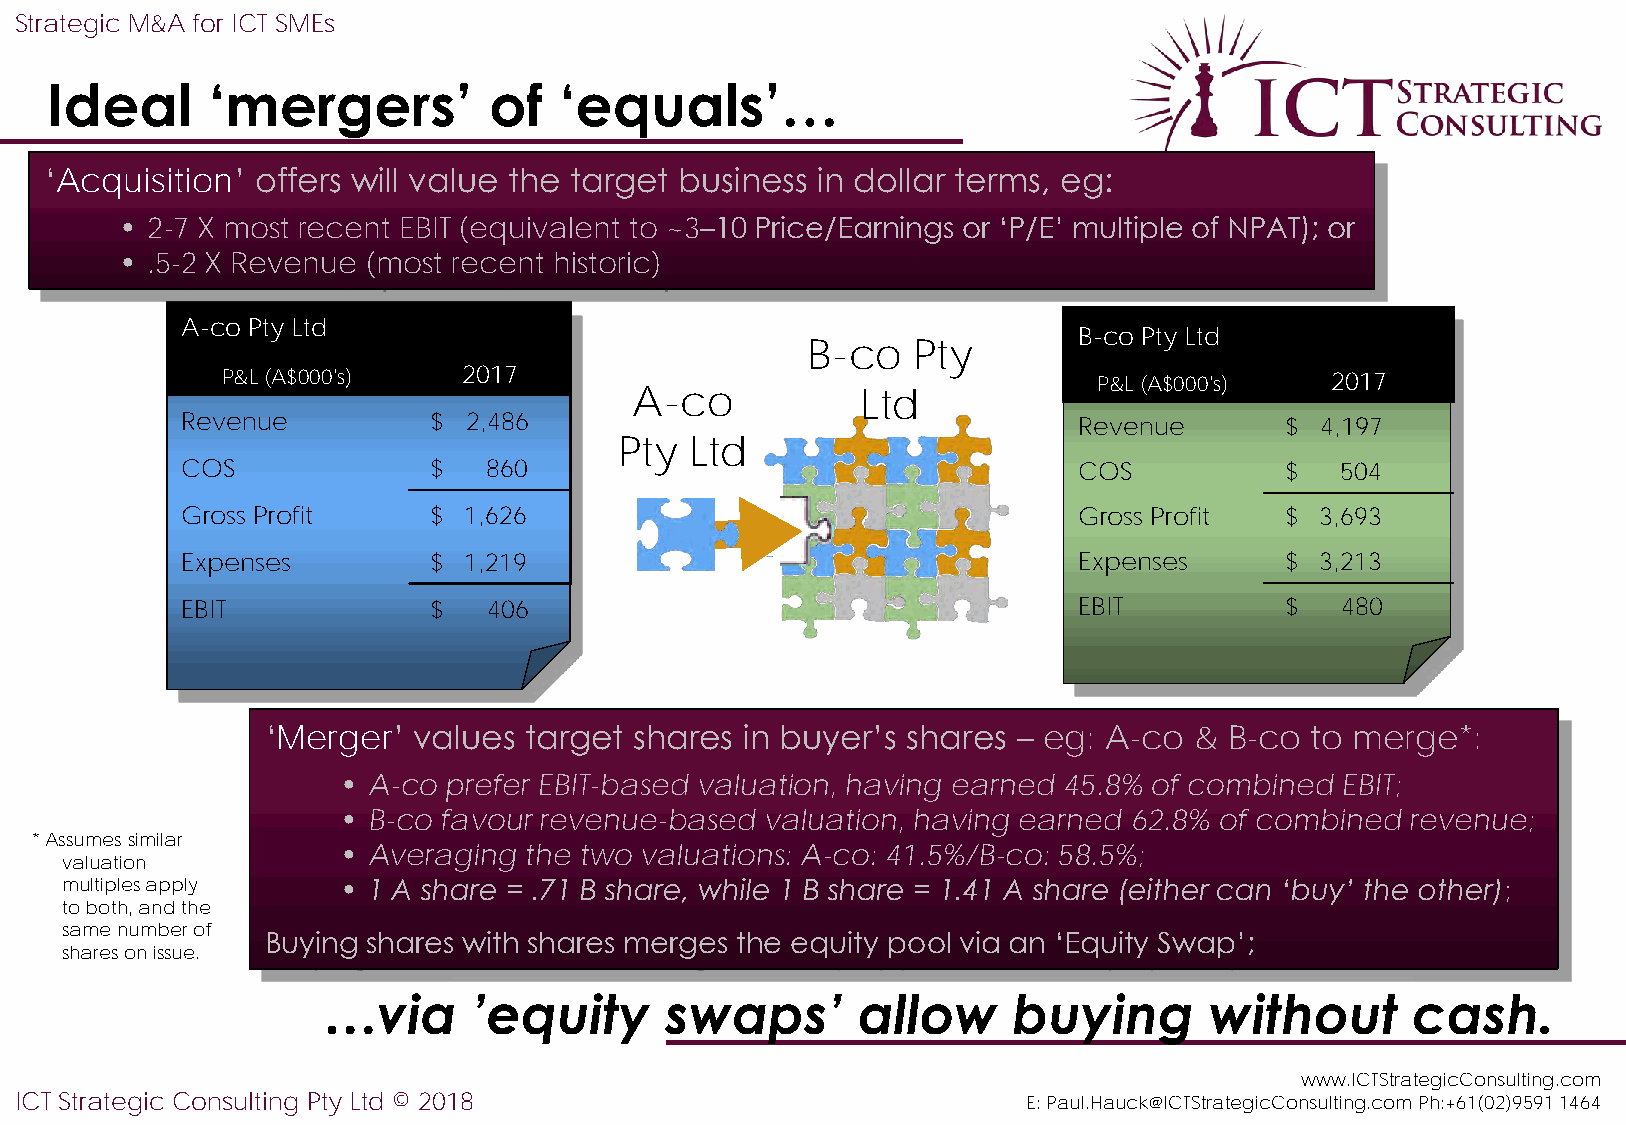
Strategic M&A for ICT SMEs
 Ideal      ‘mergers’         of   ‘equals’…
 ‘Acquisition’ offers will value the target business in dollar terms, eg:
 • 2-7 X most recent EBIT (equivalent to ~3–10 Price/Earnings or ‘P/E’ multiple of NPAT); or
 • .5-2 X Revenue (most recent historic)
 A-co Pty Ltd
 B-co Pty Ltd
 B-co   Pty
 P&L (A$000's)   2017                                      P&L (A$000's)  2017
 A-co           Ltd
 Revenue         $  2,486                                   Revenue       $ 4,197
 Pty  Ltd
 COS             $   860                                    COS           $   504
 Gross Profit    $  1,626                                   Gross Profit  $ 3,693
 Expenses        $  1,219                                   Expenses      $ 3,213
 EBIT            $   406                                    EBIT          $   480
 ‘Merger’ values  target shares in buyer’s shares – eg: A-co  & B-co  to merge*:
 • A-co prefer EBIT-based valuation, having earned 45.8% of combined EBIT;
 • B-co favour revenue-based  valuation, having earned 62.8% of combined revenue;
 * Assumes similar
 • Averaging  the two valuations: A-co: 41.5%/B-co: 58.5%;
 valuation
 multiples apply   • 1 A share = .71 B share, while 1 B share = 1.41 A share (either can ‘buy’ the other);
 to both, and the
 same number of
 Buying shares with shares merges the equity pool via an ‘Equity Swap’;
 shares on issue.
 …via      ’equity      swaps’       allow     buying       without      cash.
 www.ICTStrategicConsulting.com
 ICT Strategic Consulting Pty Ltd © 2018                            E: Paul.Hauck@ICTStrategicConsulting.com Ph:+61(02)9591 1464